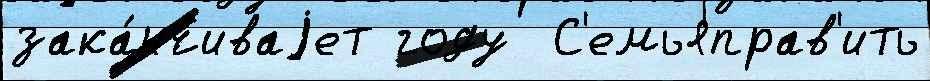
зака́нчиваjет году  С'емьяправ'ить